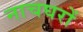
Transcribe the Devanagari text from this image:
नाचघरों